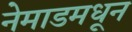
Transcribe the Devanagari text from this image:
नेमाडमधून